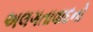
અલગતાવાદનો